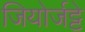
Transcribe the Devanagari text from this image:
जियोर्जट्टे